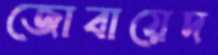
জোবায়েদ